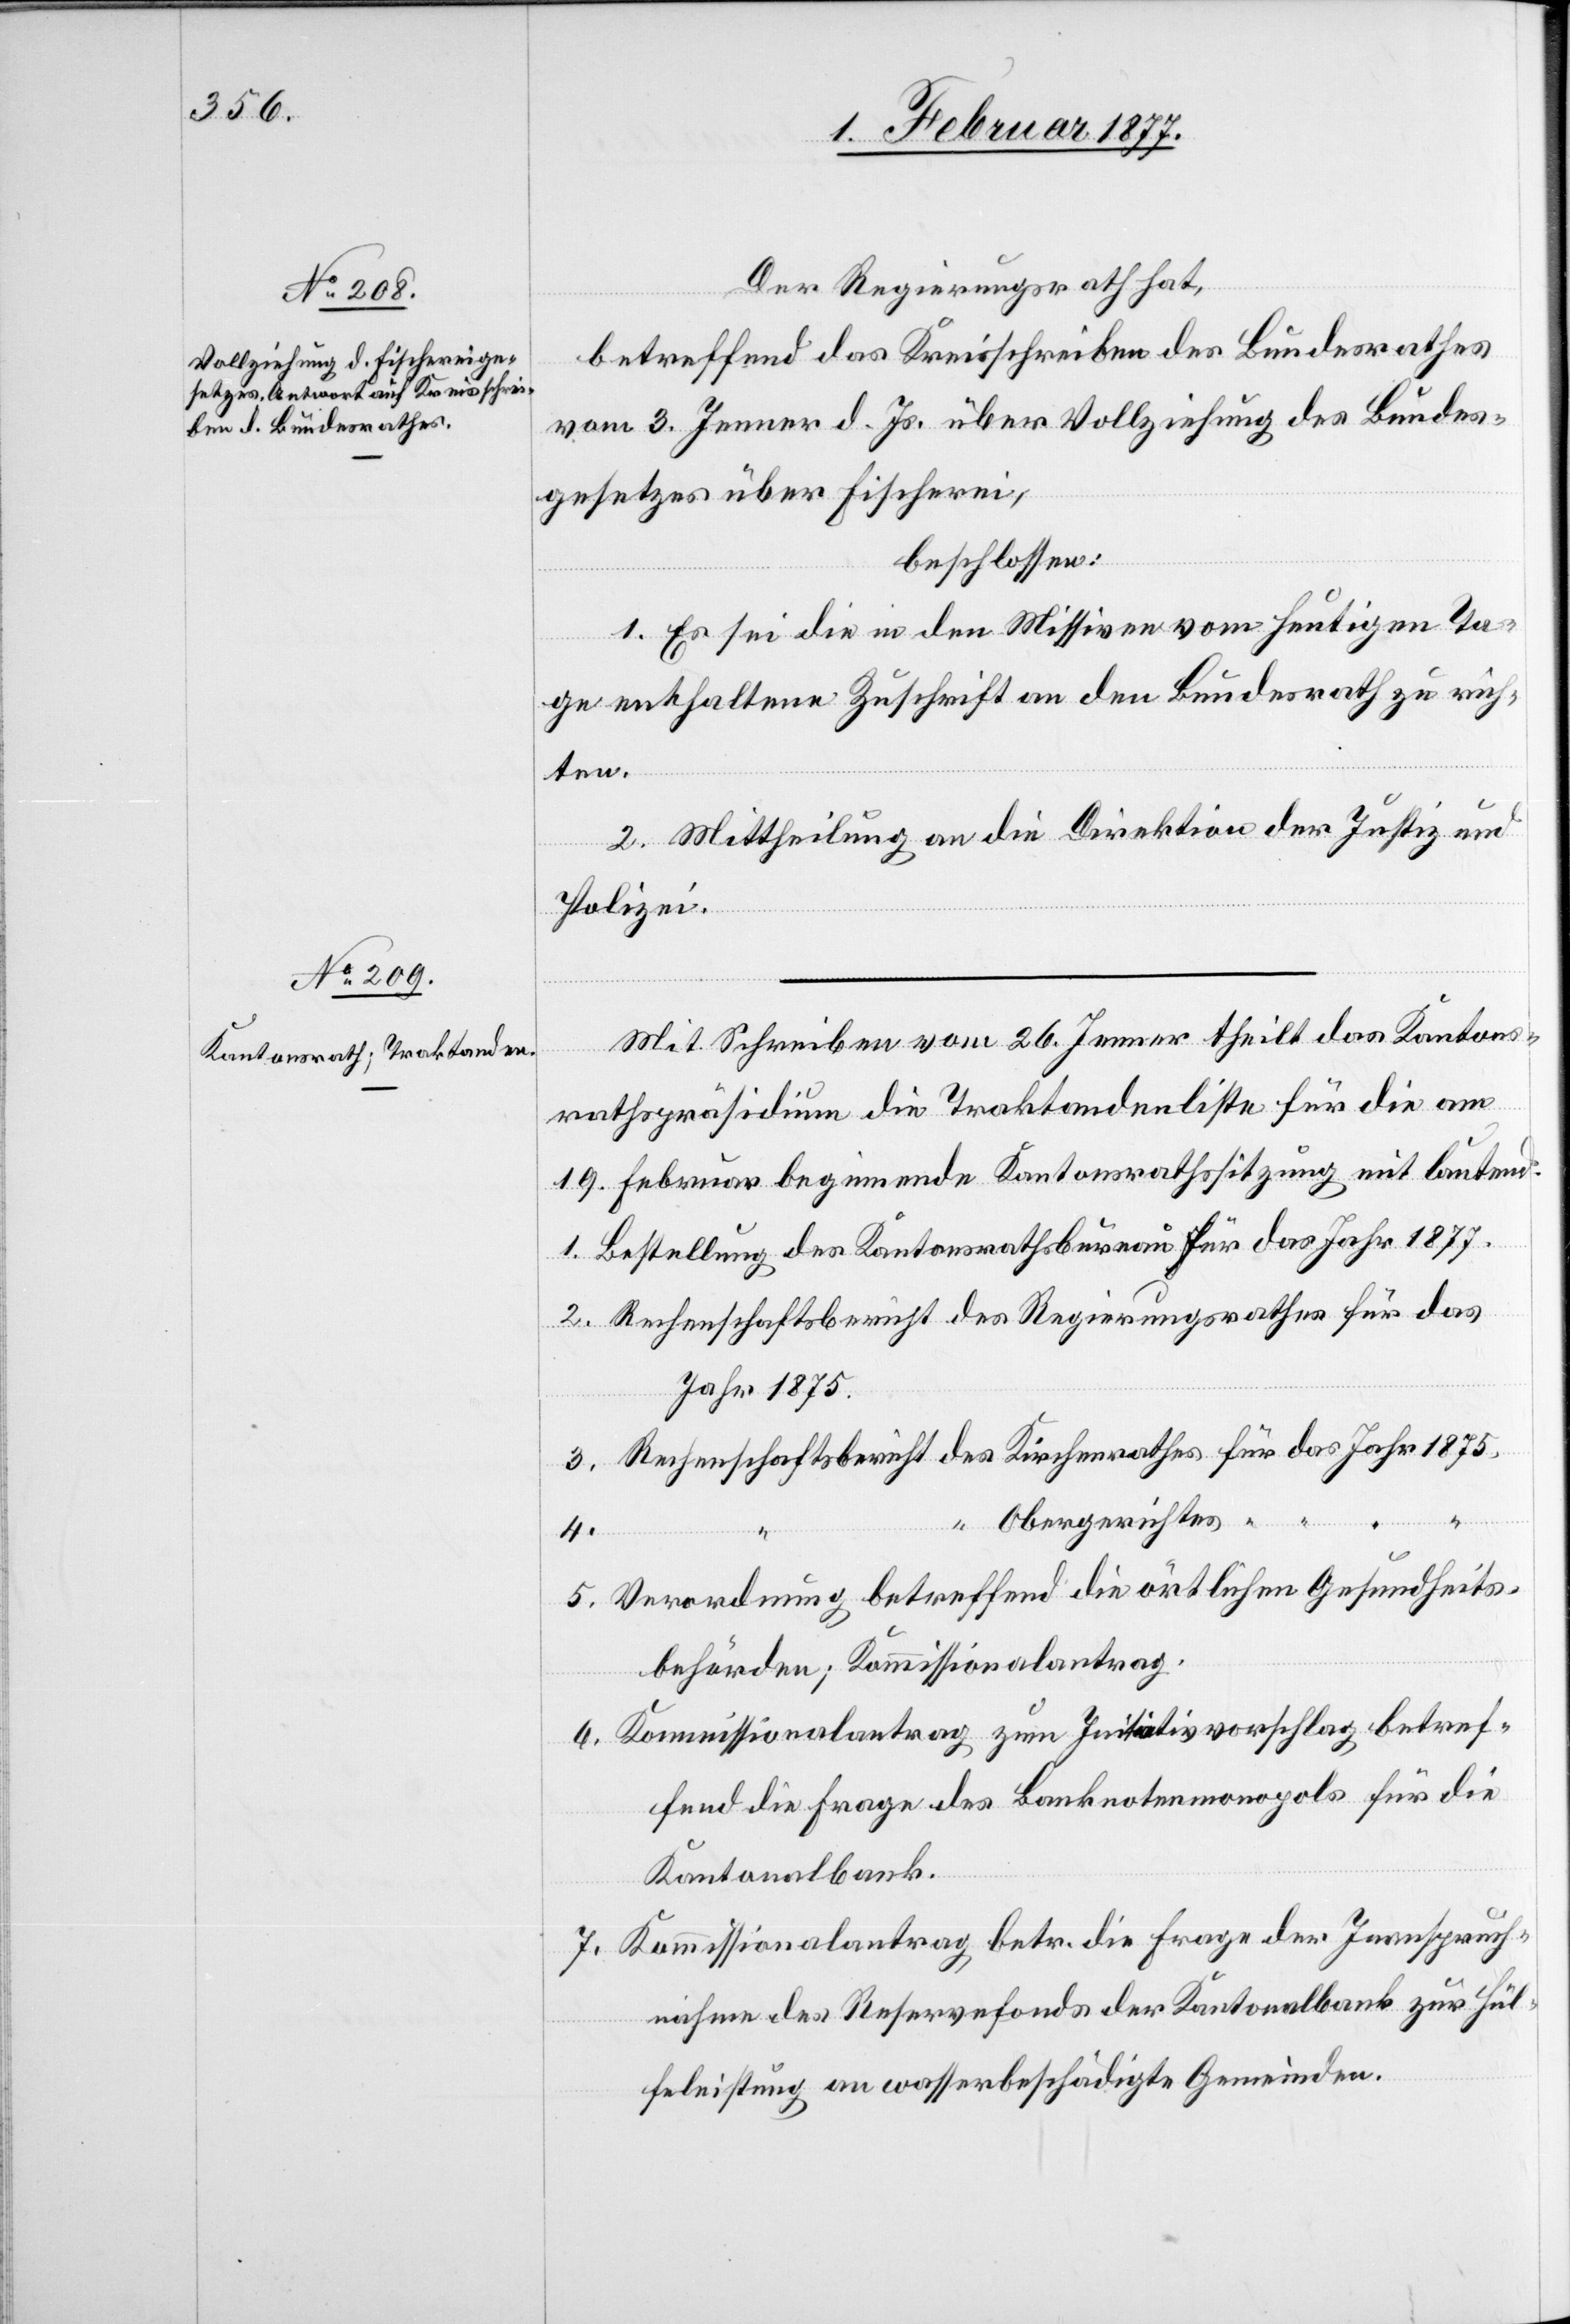
Der Regierungsrath hat,
betreffend Kreisschreiben des Bundesrathes
vom 3. Jenner d. Js. über Vollziehung des Bundes¬
gesetzes über Fischerei,
beschlossen:
1. Es sei die in den Missiven vom heutigen Ta¬
ge enthaltene Zuschrift an den Bundesrath zu rich¬
ten.
2. Mittheilung an die Direktion der Justiz und
Polizei.
Mit Schreiben vom 26. Jenner theilt das Kantons¬
rathspräsidium die Traktandenliste für die am
19. Februar beginnende Kantonsrathssitzung mit lautend:
1. Bestellung des Kantonsrathsbüreau für das Jahr 1877.
2. Rechenschaftsbericht des Regierungsrathes für das
Jahr 1875.
3. Rechenschaftsbericht des Kirchenrathes für das Jahr 1875.
4.
“ Obergerichtes “
5. Verordnung betreffend die örtlichen Gesundheits¬
behörden; Kommissionalantrag.
6. Kommissionalantrag zum Initiativvorschlag betref¬
fend die Frage des Banknotenmonopols für die
Kantonalbank.
7. Kommissionalantrag betr. die Frage der Inanspruch¬
nahme des Reservefonds der Kantonalbank zur Hül¬
feleistung an wasserbeschädigte Gemeinden.